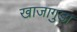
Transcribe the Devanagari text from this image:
खाजागुड़ा